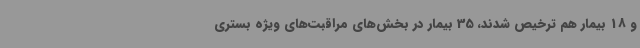
و 18 بیمار هم ترخیص شدند، 35 بیمار در بخش‌های مراقبت‌های ویژه بستری